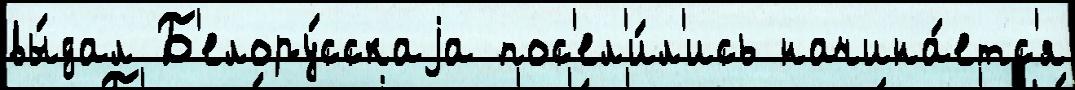
вы́дал Б'елору́сскаjа пос'ел'и́л'ись начина́етс'я